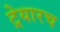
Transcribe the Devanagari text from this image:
ट्रेयारच